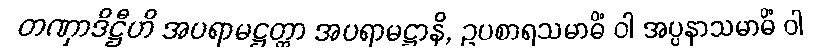
တဏှာဒိဋ္ဌီဟိ အပရာမဋ္ဌတ္တာ အပရာမဋ္ဌာနိ, ဥပစာရသမာဓိံ ဝါ အပ္ပနာသမာဓိံ ဝါ